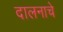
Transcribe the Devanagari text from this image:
दालनाचे